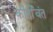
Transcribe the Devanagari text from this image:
कीर्तीवंत